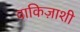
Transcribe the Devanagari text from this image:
वाकिज़ाशी